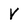
Character: V